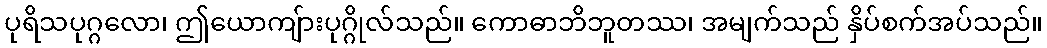
ပုရိသပုဂ္ဂလော၊ ဤယောကျ်ားပုဂ္ဂိုလ်သည်။ ကောဓာဘိဘူတဿ၊ အမျက်သည် နှိပ်စက်အပ်သည်။